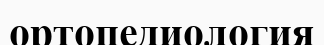
ортопедиология